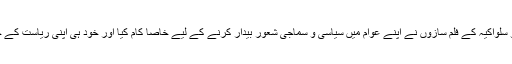
1960ء کے عشرے میں چیکو سلواکیہ کے فلم سازوں نے اپنے عوام میں سیاسی و سماجی شعور بیدار کرنے کے لیے خاصا کام کیا اور خود ہی اپنی ریاست کے جبر اور نااہلی کا پردہ چاک کیا۔